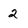
Character: 2